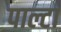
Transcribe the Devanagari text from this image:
पाल्टा